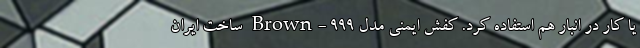
یا کار در انبار هم استفاده کرد. کفش ایمنی مدل Brown- 999 ساخت ایران